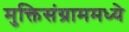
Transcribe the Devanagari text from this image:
मुक्तिसंग्राममध्ये